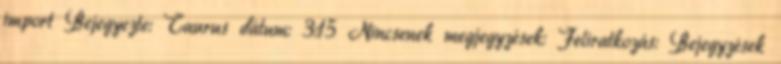
import Bejegyezte: Taurus dátum: 3:15 Nincsenek megjegyzések: Feliratkozás: Bejegyzések